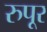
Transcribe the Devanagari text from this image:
रुपूर